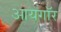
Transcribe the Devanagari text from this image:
आयगॉर